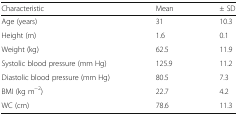
| Characteristic | Mean | ± SD |
 | --- | --- | --- |
 | Age (years) | 31 | 10.3 |
 | Height (m) | 1.6 | 0.1 |
 | Weight (kg) | 62.5 | 11.9 |
 | Systolic blood pressure (mm Hg) | 125.9 | 11.2 |
 | Diastolic blood pressure (mm Hg) | 80.5 | 7.3 |
 | BMI (kg m−2) | 22.7 | 4.2 |
 | WC (cm) | 78.6 | 11.3 |